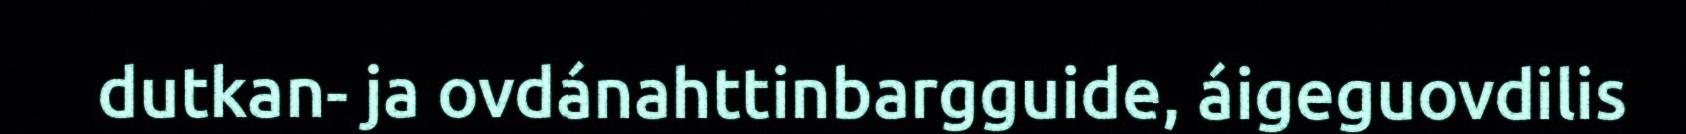
dutkan- ja ovdánahttinbargguide, áigeguovdilis